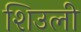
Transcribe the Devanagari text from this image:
शिउली